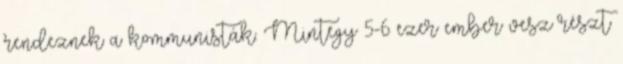
rendeznek a kommunisták. Mintegy 5-6 ezer ember vesz részt